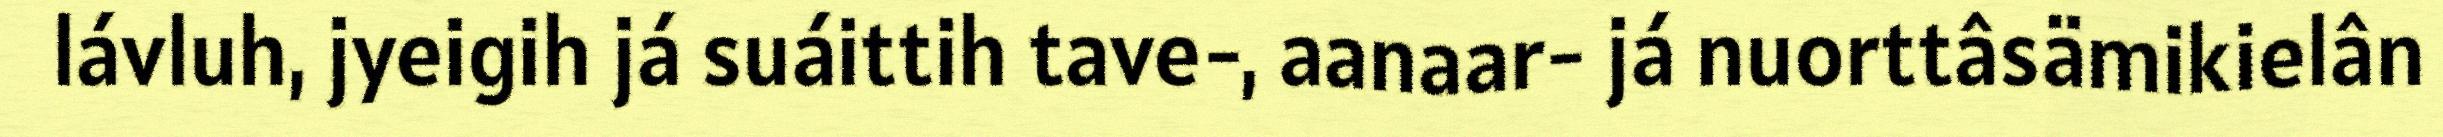
lávluh, jyeigih já suáittih tave-, aanaar- já nuorttâsämikielân